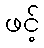
ဖင့်